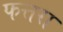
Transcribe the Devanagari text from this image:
फत्तरा